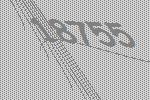
18755